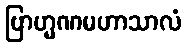
ဗြာဟ္မဏမဟာသာလံ